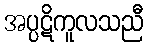
အပ္ပဋိကူလသညီ